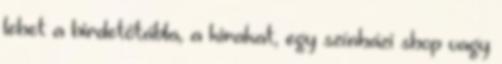
lehet a hirdetőtábla, a kirakat, egy színházi shop vagy